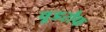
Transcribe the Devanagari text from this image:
वूडरौफ